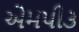
એમપી૩